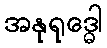
အနုရုဒ္ဓေါ